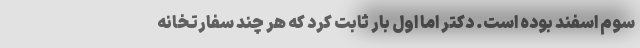
سوم اسفند بوده است. دکتر اما اول بار ثابت کرد که هر چند سفارتخانه